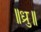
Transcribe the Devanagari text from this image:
॥ध्रु॥